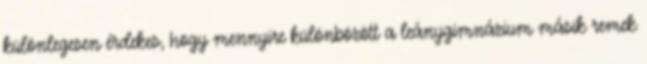
különlegesen érdekes, hogy mennyire különbözött a leánygimnázium másik remek